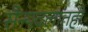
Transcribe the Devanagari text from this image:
सैन्यदलातही